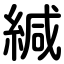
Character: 緘